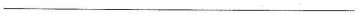
___